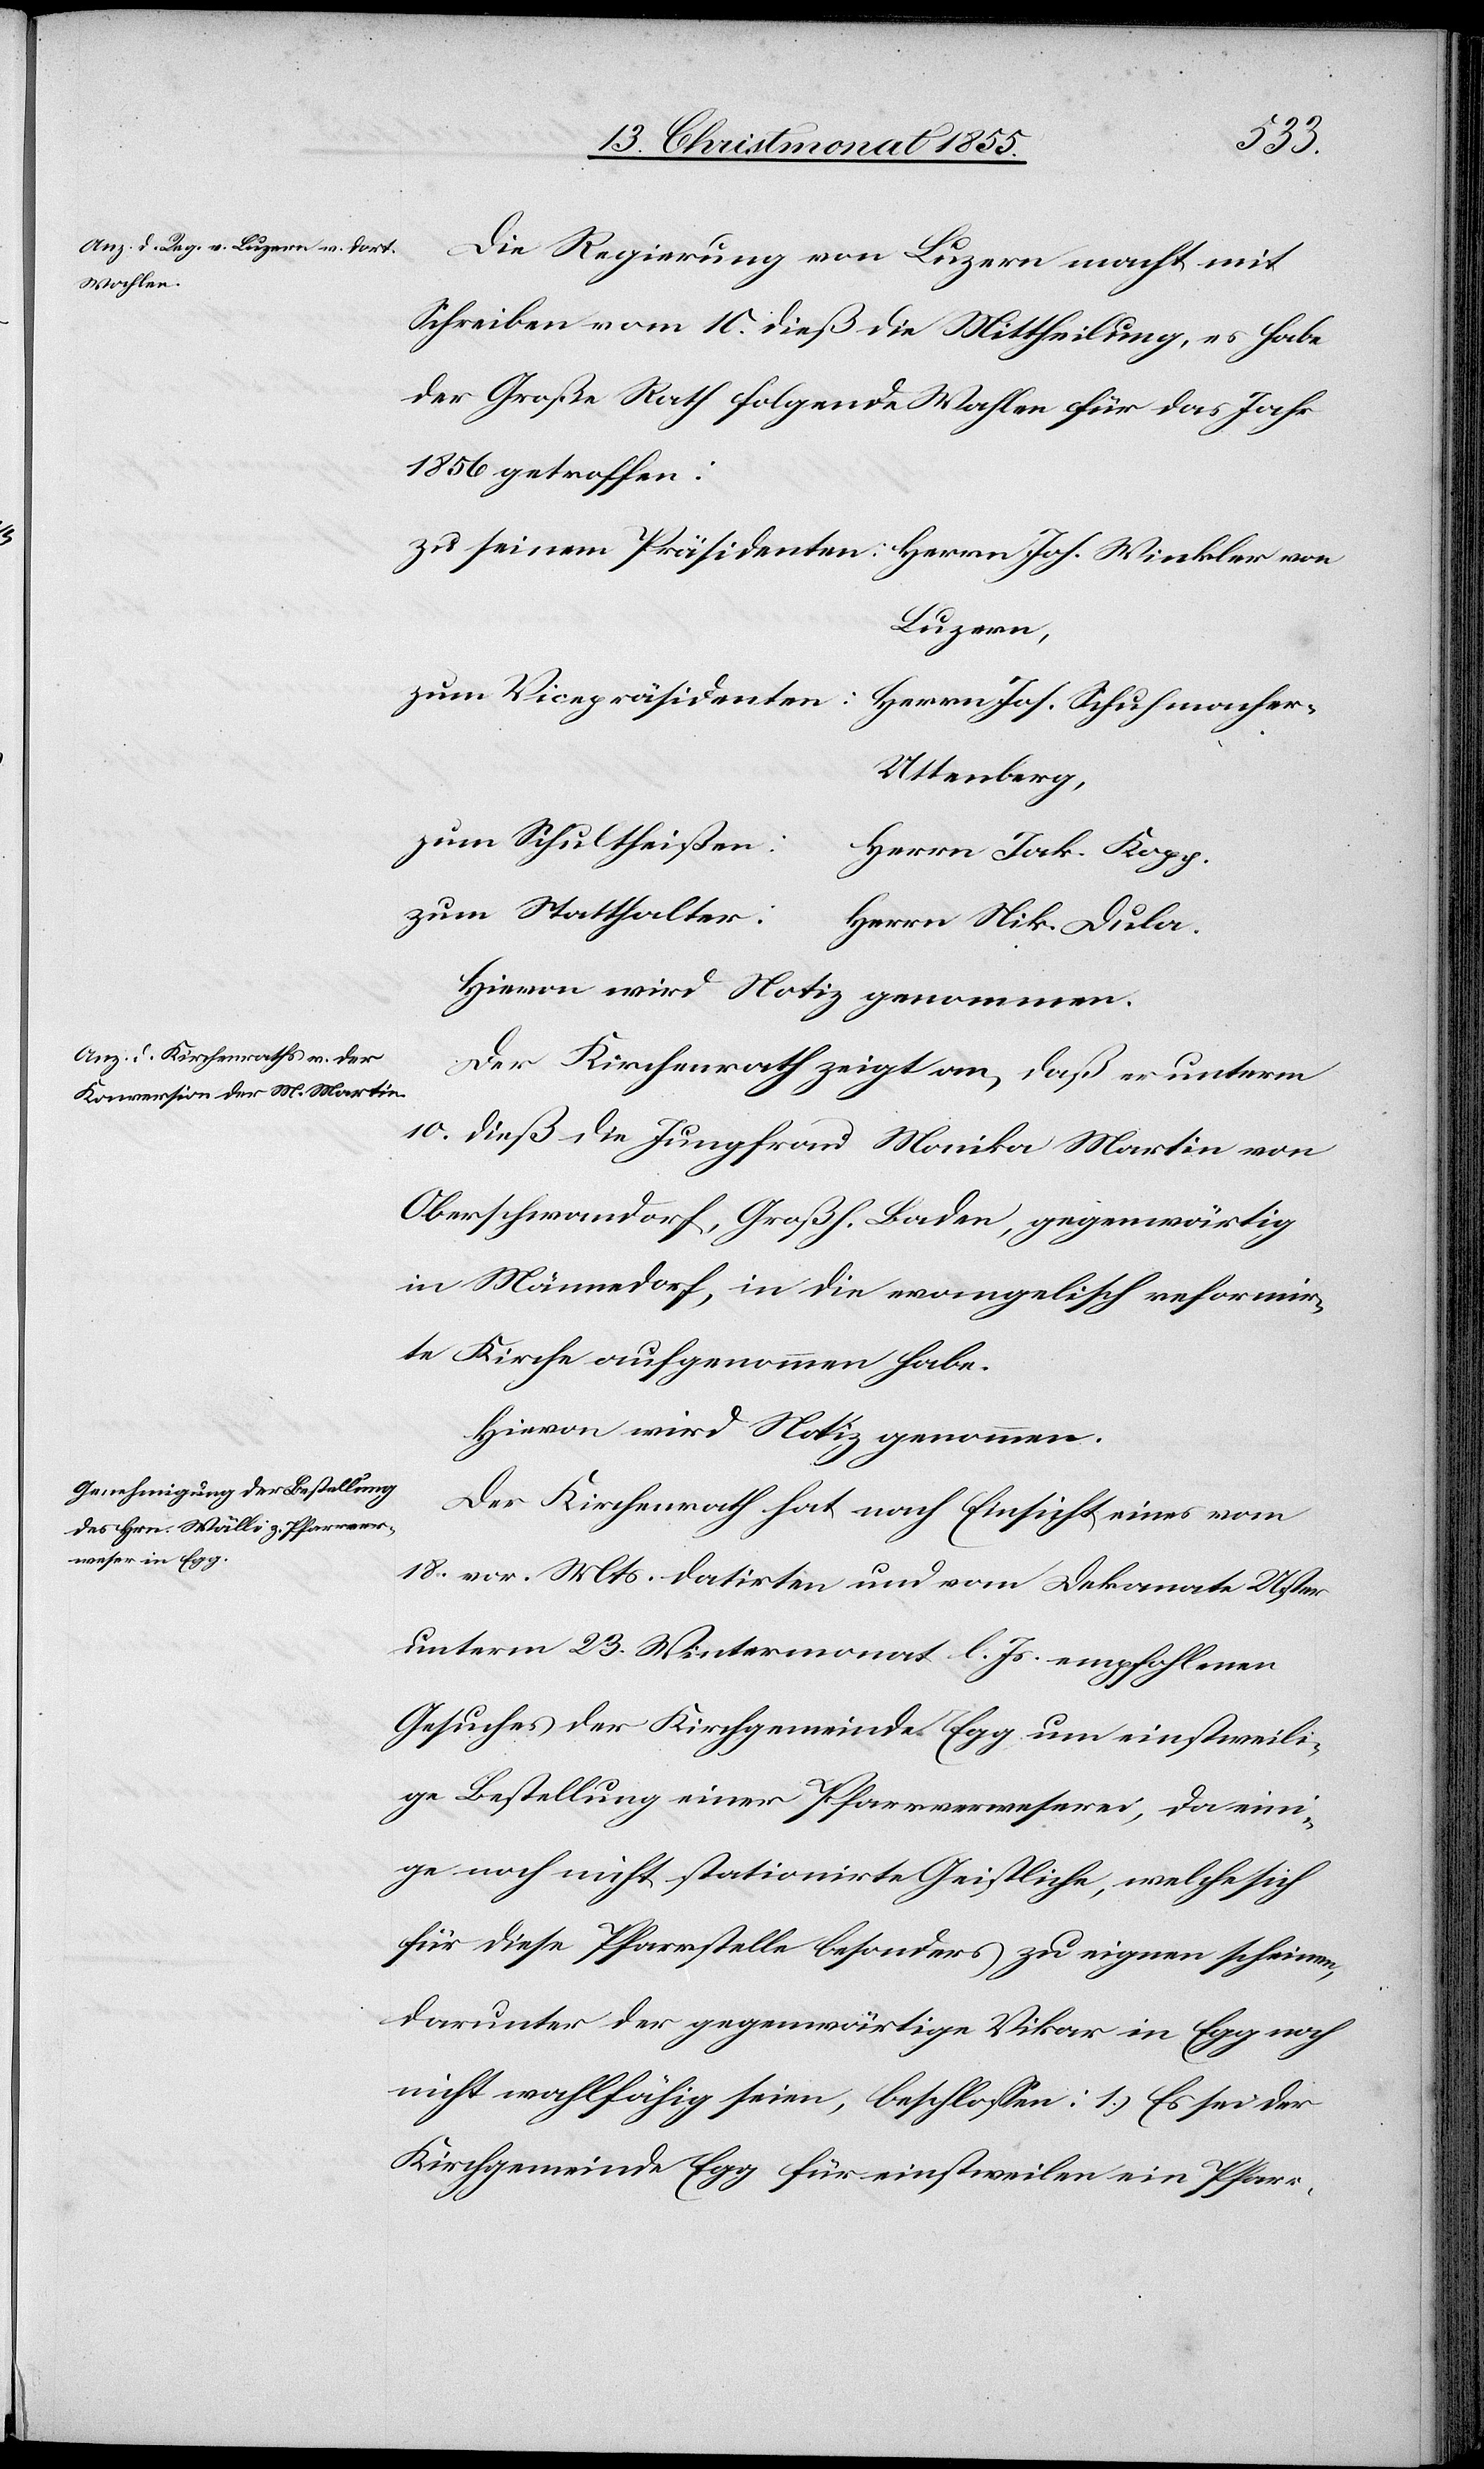
cher-U¬
Die Regierung von Luzern macht mit
Schreiben vom 10. dieß die Mittheilung, es habe
der Große Rath folgende Wahlen für das Jahr
1856 getroffen:
Luzern,
ttenberg,
zum Schultheißen:
Herrn Jak. Kopp.
zum Statthalter:
Herrn Nik. Dula.
Hievon wird Notiz genommen.
Der Kirchenrath zeigt an, daß er unterm
10. dieß die Jungfrau Monika Martin von
Oberschwandorf, Großh. Baden, gegenwärtig
in Männedorf, in die evangelisch reformir¬
te Kirche aufgenommen habe.
Hievon wird Notiz genommen.
Der Kirchenrath hat nach Einsicht eines vom
18. vor. Mts. datirten und vom Dekanate Uster
unterm 23. Wintermonat l. Js. empfohlenen
Gesuches der Kirchgemeinde Egg um einstweili¬
ge Bestellung einer Pfarrverweserei, da eini¬
ge noch nicht stationirte Geistliche, welche sich
für diese Pfarrstelle besonders zu eignen scheinen,
darunter der gegenwärtige Vikar in Egg noch
nicht wahlfähig seien, beschlossen: 1.) Es sei der
Kirchgemeinde Egg für einstweilen ein Pfarr-